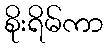
စိုးရိမ်ကာ